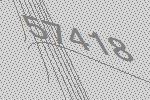
57418